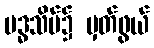
ဗဒ္ဓသိမ်၌ မှတ်ဖွယ်